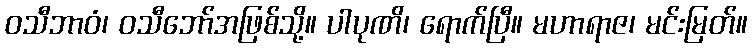
ဝသီဘာဝံ၊ ဝသီဘော်အဖြစ်သို့။ ပါပုဏိ၊ ရောက်ပြီ။ မဟာရာဇ၊ မင်းမြတ်။